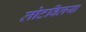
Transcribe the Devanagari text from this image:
लोटविलया